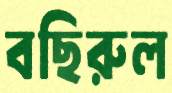
বছিরুল